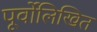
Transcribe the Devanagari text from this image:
पूर्वोलिखित